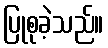
ပြုစုခဲ့သည်။